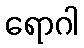
ရောဂါ